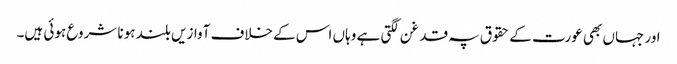
اور جہاں بھی عورت کے حقوق پہ قدغن لگتی ہے وہاں اس کے خلاف آوازیں بلند ہونا شروع ہوئی ہیں۔